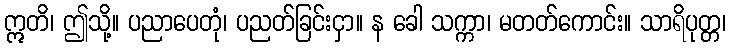
ဣတိ၊ ဤသို့။ ပညာပေတုံ၊ ပညတ်ခြင်းငှာ။ န ခေါ သက္ကာ၊ မတတ်ကောင်း။ သာရိပုတ္တ၊